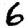
Digit: 6